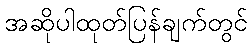
အဆိုပါထုတ်ပြန်ချက်တွင်